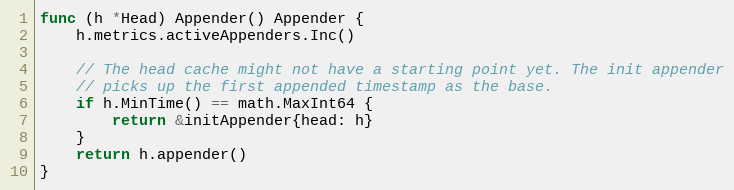
Language: Go
func (h *Head) Appender() Appender {
	h.metrics.activeAppenders.Inc()

	// The head cache might not have a starting point yet. The init appender
	// picks up the first appended timestamp as the base.
	if h.MinTime() == math.MaxInt64 {
		return &initAppender{head: h}
	}
	return h.appender()
}